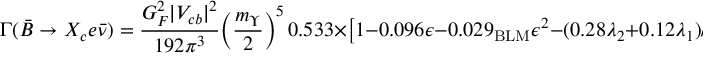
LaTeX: \Gamma ( \bar { B } \to X _ { c } e \bar { \nu } ) = { \frac { G _ { F } ^ { 2 } | V _ { c b } | ^ { 2 } } { 1 9 2 \pi ^ { 3 } } } \bigg ( { \frac { m _ { \Upsilon } } { 2 } } \bigg ) ^ { 5 } \, 0 . 5 3 3 \times \big [ 1 - 0 . 0 9 6 \epsilon - 0 . 0 2 9 _ { \mathrm { B L M } } \epsilon ^ { 2 } - ( 0 . 2 8 \lambda _ { 2 } + 0 . 1 2 \lambda _ { 1 } ) / \mathrm { G e V } ^ { 2 } \big ] \, ,